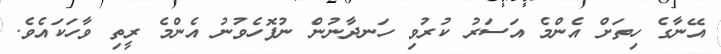
އޭނާގެ ހިތަށް އެންމެ އަސަރު ކުރުވި ހަނދާނުން ނުފޮހެވުނު އެންމެ ރީތި ވާހަކައެވެ.